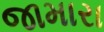
જામારા